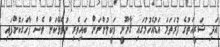
އަދި ޝަރީއަތުގެ ފުރަތަމަ އަޑުއެހުމުގައި ޤާނޫނީ ވަކީލުންނަށް ބައިވެރި ނުވެވޭކަން ވެސް ފާހަގަކޮށްފައި